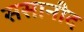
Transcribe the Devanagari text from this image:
ससानीद